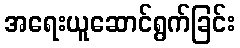
အရေးယူဆောင်ရွက်ခြင်း